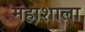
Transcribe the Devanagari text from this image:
महाशाला